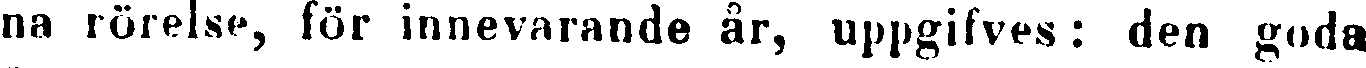
na rörelse, för innevarande år, uppgifves : den goda